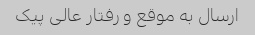
ارسال به موقع و رفتار عالی پیک